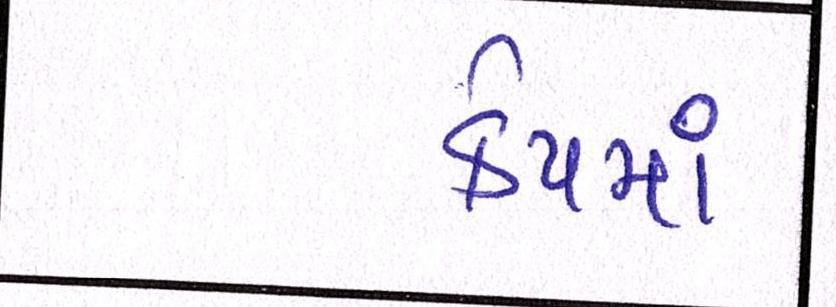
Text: કેપમાં